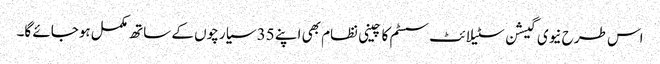
اس طرح نیوی گیشن سٹیلائٹ سسٹم کا چینی نظام بھی اپنے 35 سیارچوں کے ساتھ مکمل ہوجائے گا۔